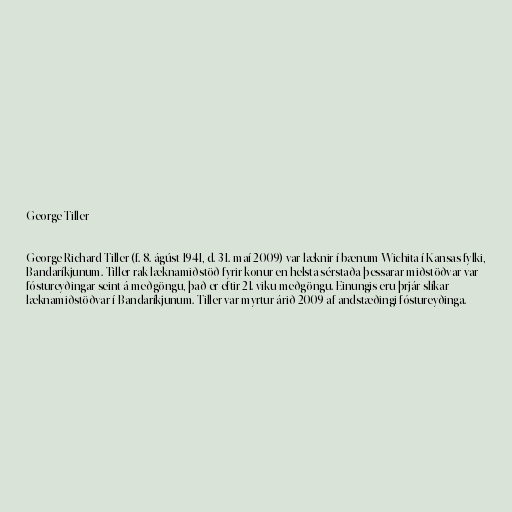
George Tiller

George Richard Tiller (f. 8. ágúst 1941, d. 31. maí 2009) var læknir í bænum Wichita í Kansas fylki,
Bandaríkjunum. Tiller rak læknamiðstöð fyrir konur en helsta sérstaða þessarar miðstöðvar var
fóstureyðingar seint á meðgöngu, það er eftir 21. viku meðgöngu. Einungis eru þrjár slíkar
læknamiðstöðvar í Bandaríkjunum. Tiller var myrtur árið 2009 af andstæðingi fóstureyðinga.